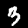
Label: 3